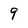
Character: 9